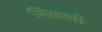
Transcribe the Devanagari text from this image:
निळशी